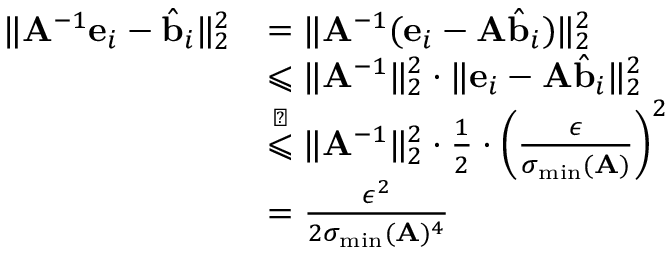
\begin{array} { r l } { \| \mathbf { A } ^ { - 1 } \mathbf { e } _ { i } - \hat { \mathbf { b } } _ { i } \| _ { 2 } ^ { 2 } } & { = \| \mathbf { A } ^ { - 1 } ( \mathbf { e } _ { i } - \mathbf { A } \hat { \mathbf { b } } _ { i } ) \| _ { 2 } ^ { 2 } } \\ & { \leqslant \| \mathbf { A } ^ { - 1 } \| _ { 2 } ^ { 2 } \cdot \| \mathbf { e } _ { i } - \mathbf { A } \hat { \mathbf { b } } _ { i } \| _ { 2 } ^ { 2 } } \\ & { \overset { \sharp } { \leqslant } \| \mathbf { A } ^ { - 1 } \| _ { 2 } ^ { 2 } \cdot \frac { 1 } { 2 } \cdot \left( \frac { \epsilon } { \sigma _ { \mathrm { m i n } } ( \mathbf { A } ) } \right) ^ { 2 } } \\ & { = \frac { \epsilon ^ { 2 } } { 2 \sigma _ { \mathrm { m i n } } ( \mathbf { A } ) ^ { 4 } } } \end{array}